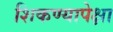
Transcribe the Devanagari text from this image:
शिकण्यापेक्षा